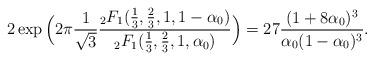
LaTeX: \begin{align*}2\exp\Big(2\pi \frac{1}{\sqrt{3}} \frac{_2F_1(\frac{1}{3},\frac{2}{3},1,1-\alpha_0)}{_2F_1(\frac{1}{3},\frac{2}{3},1,\alpha_0)}\Big)=27\frac{(1+8\alpha_0)^3}{\alpha_0(1-\alpha_0)^3}.\end{align*}